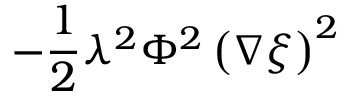
- \frac { 1 } { 2 } \lambda ^ { 2 } \Phi ^ { 2 } \left( \nabla \xi \right) ^ { 2 }